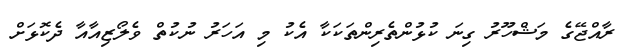
ރާއްޖޭގެ މަޝްހޫރު ގިނަ ކުޅުންތެރިންތަކަކާ އެކު މި އަހަރު ނުކުތް ވެލޯޒިއާއާ ދެކޮޅަށް